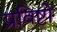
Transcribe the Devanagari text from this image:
प्रविष्टो